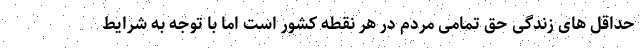
حداقل های زندگی حق تمامی مردم در هر نقطه کشور است اما با توجه به شرایط